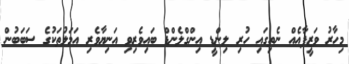
މިހާރު ވަޒީފާއެއް ނެތިގައި ހުރި ލިންޑީ އިންގްލެންޑް ބައިވެރިވި އަނިޔާވެރި އަމަލުތަކުގެ ސަބަބުން